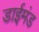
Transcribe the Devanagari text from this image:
डाईमंड